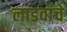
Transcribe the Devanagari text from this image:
लाडवांचे